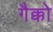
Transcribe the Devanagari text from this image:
गैक्को